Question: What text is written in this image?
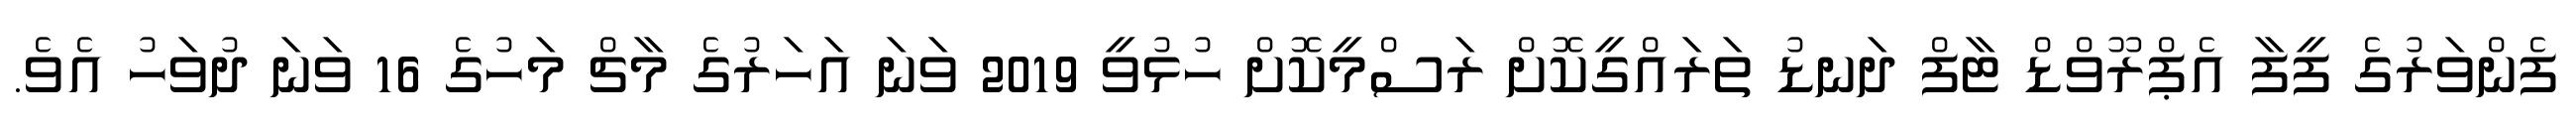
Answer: ފެންވަރުގެ ފީފާ އެޕްރޫވްޑް ޓާފް ދަނޑު ތަރައްގީކޮށް ރަސްމީކޮށް ހުޅުވީ 2019 ވަނަ އަހަރުގެ މާޗް މަހުގެ 16 ވަނަ ދުވަހު އެވެ.